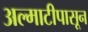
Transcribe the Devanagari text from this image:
अल्माटीपासून